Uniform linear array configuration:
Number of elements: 16
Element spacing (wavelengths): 1
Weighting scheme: exponential
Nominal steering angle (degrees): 60
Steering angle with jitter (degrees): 61.46
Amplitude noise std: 0.05
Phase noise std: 0.05

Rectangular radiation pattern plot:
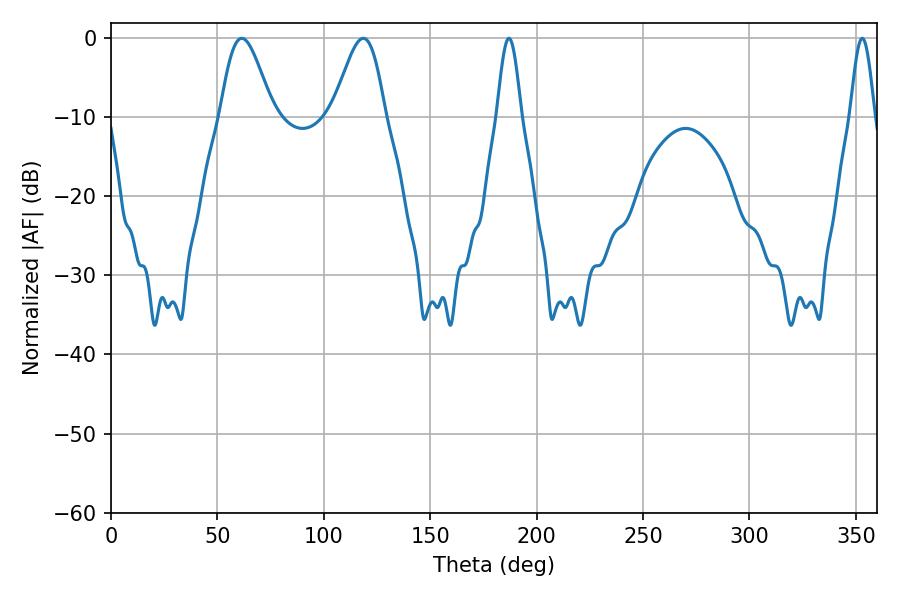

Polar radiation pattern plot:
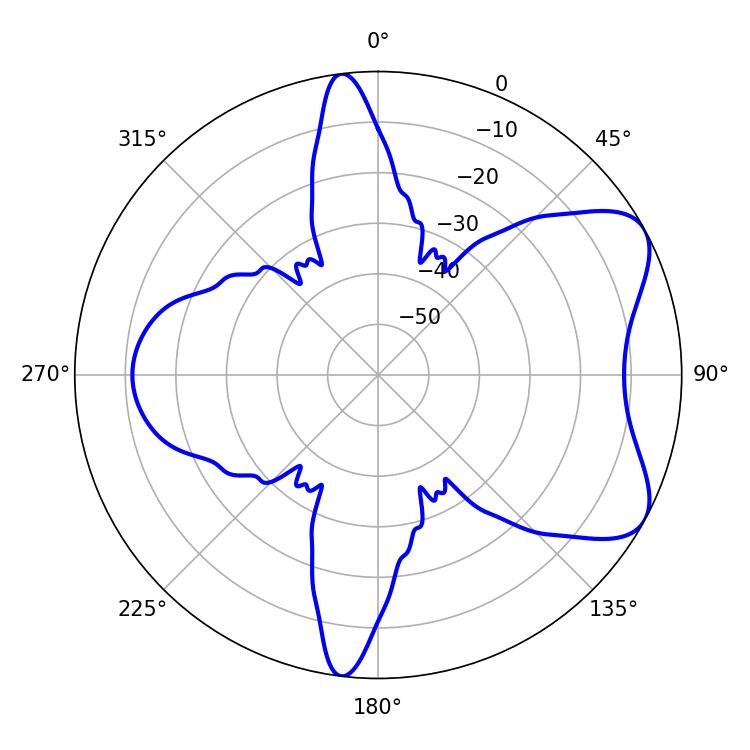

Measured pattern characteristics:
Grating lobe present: TRUE
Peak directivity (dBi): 6.739
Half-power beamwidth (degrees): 12.96
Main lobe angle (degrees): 61.38